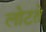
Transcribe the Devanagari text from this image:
लोटते